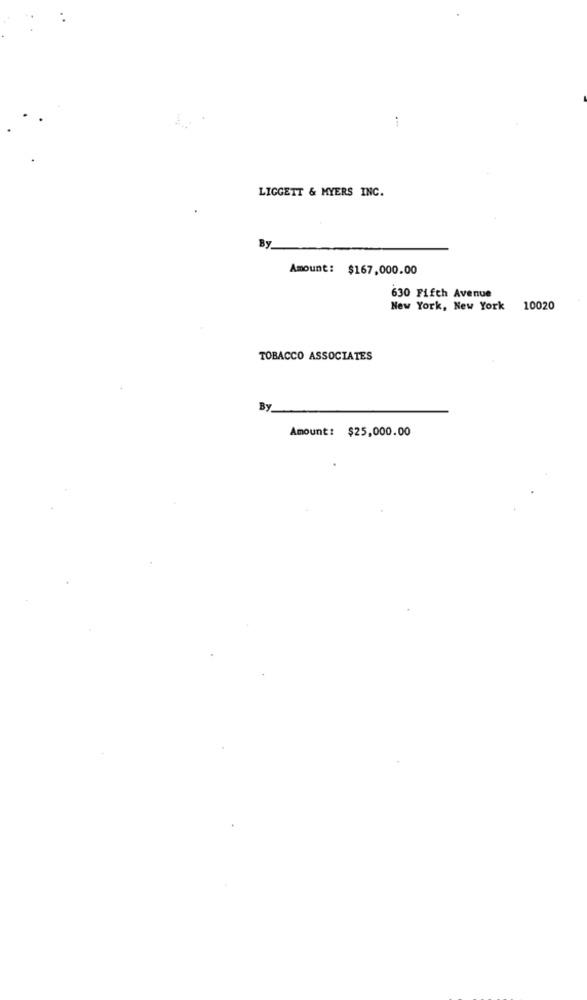
LIGGETT & MYERS INC.
By
Amount: $167,000.00
630 Fifth Avenue
New York, New York 10020
TOBACCO ASSOCIATES
By
Amount: $25,000.00